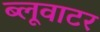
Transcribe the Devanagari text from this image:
ब्लूवाटर